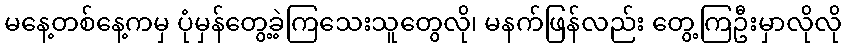
မနေ့တစ်နေ့ကမှ ပုံမှန်တွေ့ခဲ့ကြသေးသူတွေလို၊ မနက်ဖြန်လည်း တွေ့ကြဦးမှာလိုလို